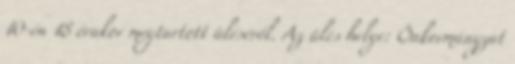
10-én 18 órakor megtartott üléséről. Az ülés helye: Önkormányzat